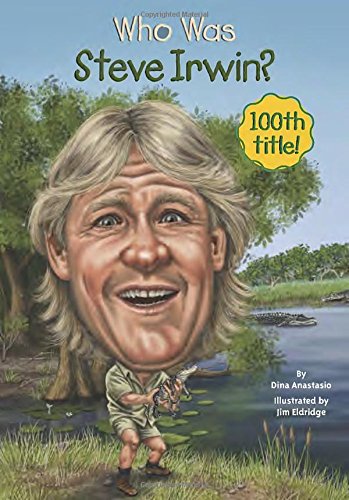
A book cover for Who Was Steve Irwin?; Dina Anastasio; Children's Books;